French assistants in Scottish schools and training centres, 1934
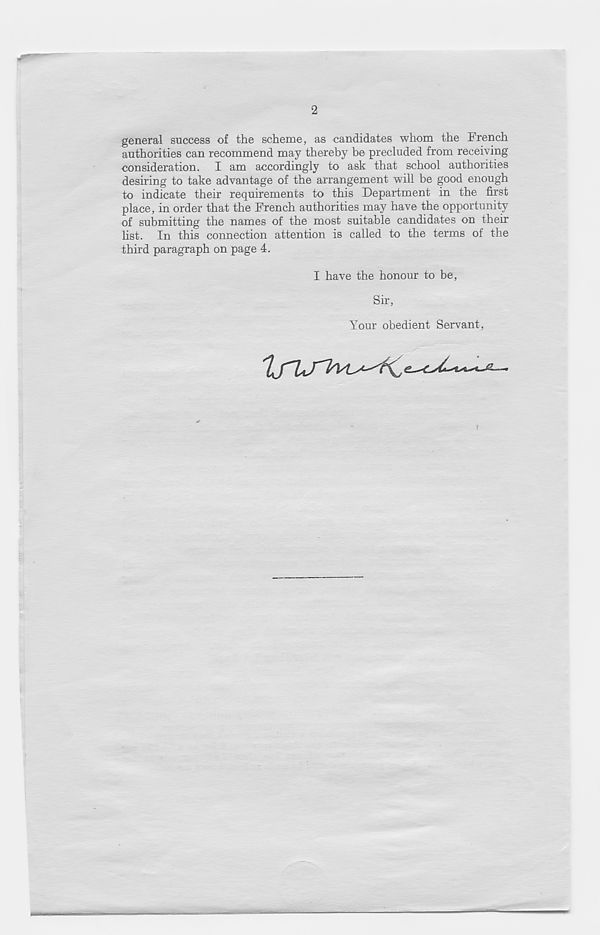
2
general success of the scheme, as candidates whom the French
authorities can recommend may thereby be precluded from receiving
consideration. I am accordingly to ask that school authorities
desiring to take advantage of the arrangement will be good enough
to indicate their requirements to this Department in the first
place, in order that the French authorities may have the opportunity
of submitting the names of the most suitable candidates on their
list. In this connection attention is called to the terms of the
third paragraph on page 4.
I have the honour to be
Sir
Your obedient Servant
I